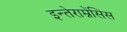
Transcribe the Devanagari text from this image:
इन्तेराम्नेंसिस